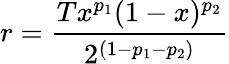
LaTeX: r=\frac{{T}x^{p_{1}}(1-x)^{p_{2}}}{2^{(1-p_{1}-p_{2})}}